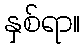
နှစ်ရာ။